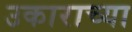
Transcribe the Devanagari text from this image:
उकाराच्या